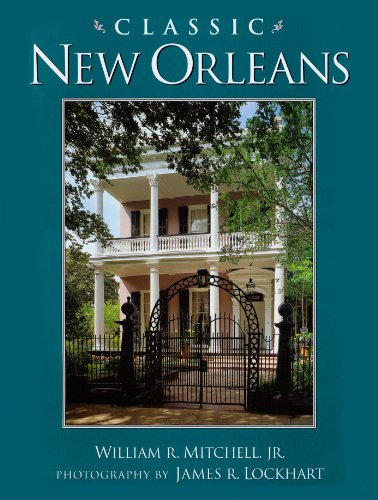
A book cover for Classic New Orleans (Golden Coast Books); William R. Mitchell Jr.; Travel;